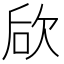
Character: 𣢨